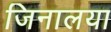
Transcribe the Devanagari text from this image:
जिनालया